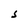
Character: S